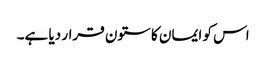
اس کو ایمان کا ستون قرار دیا ہے۔